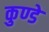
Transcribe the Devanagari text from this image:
कुण्डे